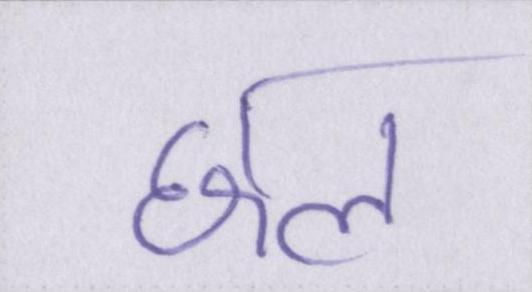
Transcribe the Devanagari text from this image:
छल